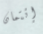
إئتمان